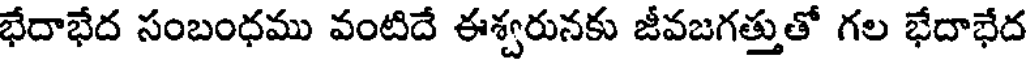
భేదాభేద సంబంధము వంటిదే ఈశ్వరునకు జీవజగత్తుతో గల భేదాభేద